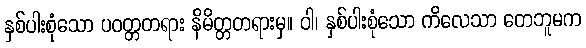
နှစ်ပါးစုံသော ပဝတ္တတရား နိမိတ္တတရားမှ။ ဝါ၊ နှစ်ပါးစုံသော ကိလေသာ တေဘူမက